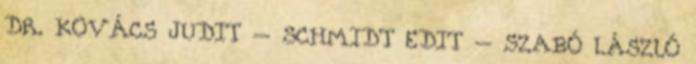
DR. KOVÁCS JUDIT – SCHMIDT EDIT – SZABÓ LÁSZLÓ